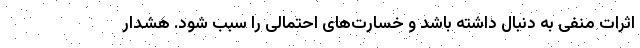
اثرات منفی به دنبال داشته باشد و خسارت‌های احتمالی را سبب شود. هشدار